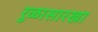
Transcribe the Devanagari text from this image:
रुळासारखा